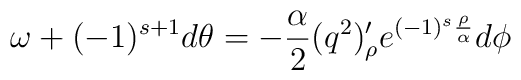
\omega + (-1)^{s+1}d \theta =-{\alpha \over 2} (q^2)'_{\rho} e^{(-1)^s {\rho\over \alpha}}d \phi